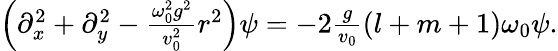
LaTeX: \begin{array}{r}{\left(\partial_{x}^{2}+\partial_{y}^{2}-\frac{\omega_{0}^{2}g^{2}}{v_{0}^{2}}r^{2}\right)\psi=-2\frac{g}{v_{0}}(l+m+1)\omega_{0}\psi.}\end{array}